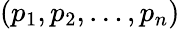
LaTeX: (p_{1},p_{2},\dots,p_{n})